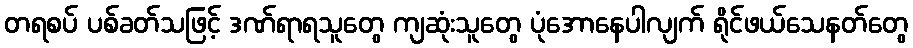
တရစပ် ပစ်ခတ်သဖြင့် ဒဏ်ရာရသူတွေ ကျဆုံးသူတွေ ပုံအောနေပါလျက် ရိုင်ဖယ်သေနတ်တွေ